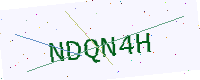
Text: NDQN4H